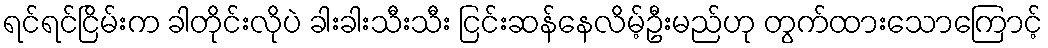
ရင်ရင်ငြိမ်းက ခါတိုင်းလိုပဲ ခါးခါးသီးသီး ငြင်းဆန်နေလိမ့်ဦးမည်ဟု တွက်ထားသောကြောင့်